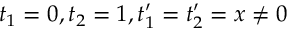
t _ { 1 } = 0 , t _ { 2 } = 1 , t _ { 1 } ^ { \prime } = t _ { 2 } ^ { \prime } = x \neq 0